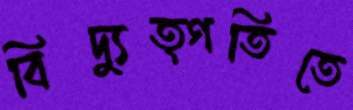
বিদ্যুত্গতিতে